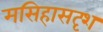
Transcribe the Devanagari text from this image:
मसिहासदृश